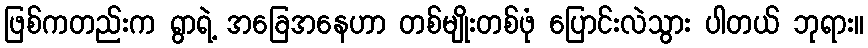
ဖြစ်ကတည်းက ရွာရဲ့ အခြေအနေဟာ တစ်မျိုးတစ်ဖုံ ပြောင်းလဲသွား ပါတယ် ဘုရား။